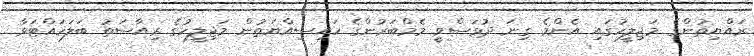
ރައްޔިތުންގެ މަޖިލީހުގައި އެންމެ ގިނަ ދުވަސްވީ މެމްބަރުންގެ ހައިސިއްޔަތުން މަޖިލީހުގެ ރިއާސަތު ބަލަހައްޓަވާ